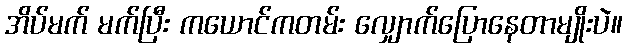
အိပ်မက် မက်ပြီး ကယောင်ကတမ်း လျှောက်ပြောနေတာမျိုးပဲ။